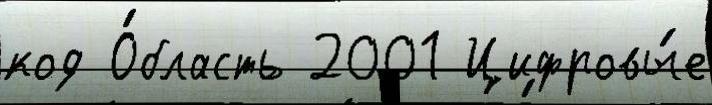
код О́бласть 2001 Цифровы́е